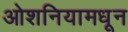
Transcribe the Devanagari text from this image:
ओशनियामधून